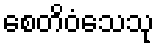
စေတိဝံသေသု